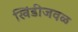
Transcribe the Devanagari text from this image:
खिंडीजवळ